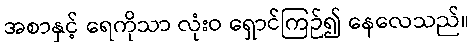
အစာနှင့် ရေကိုသာ လုံးဝ ရှောင်ကြဉ်၍ နေလေသည်။